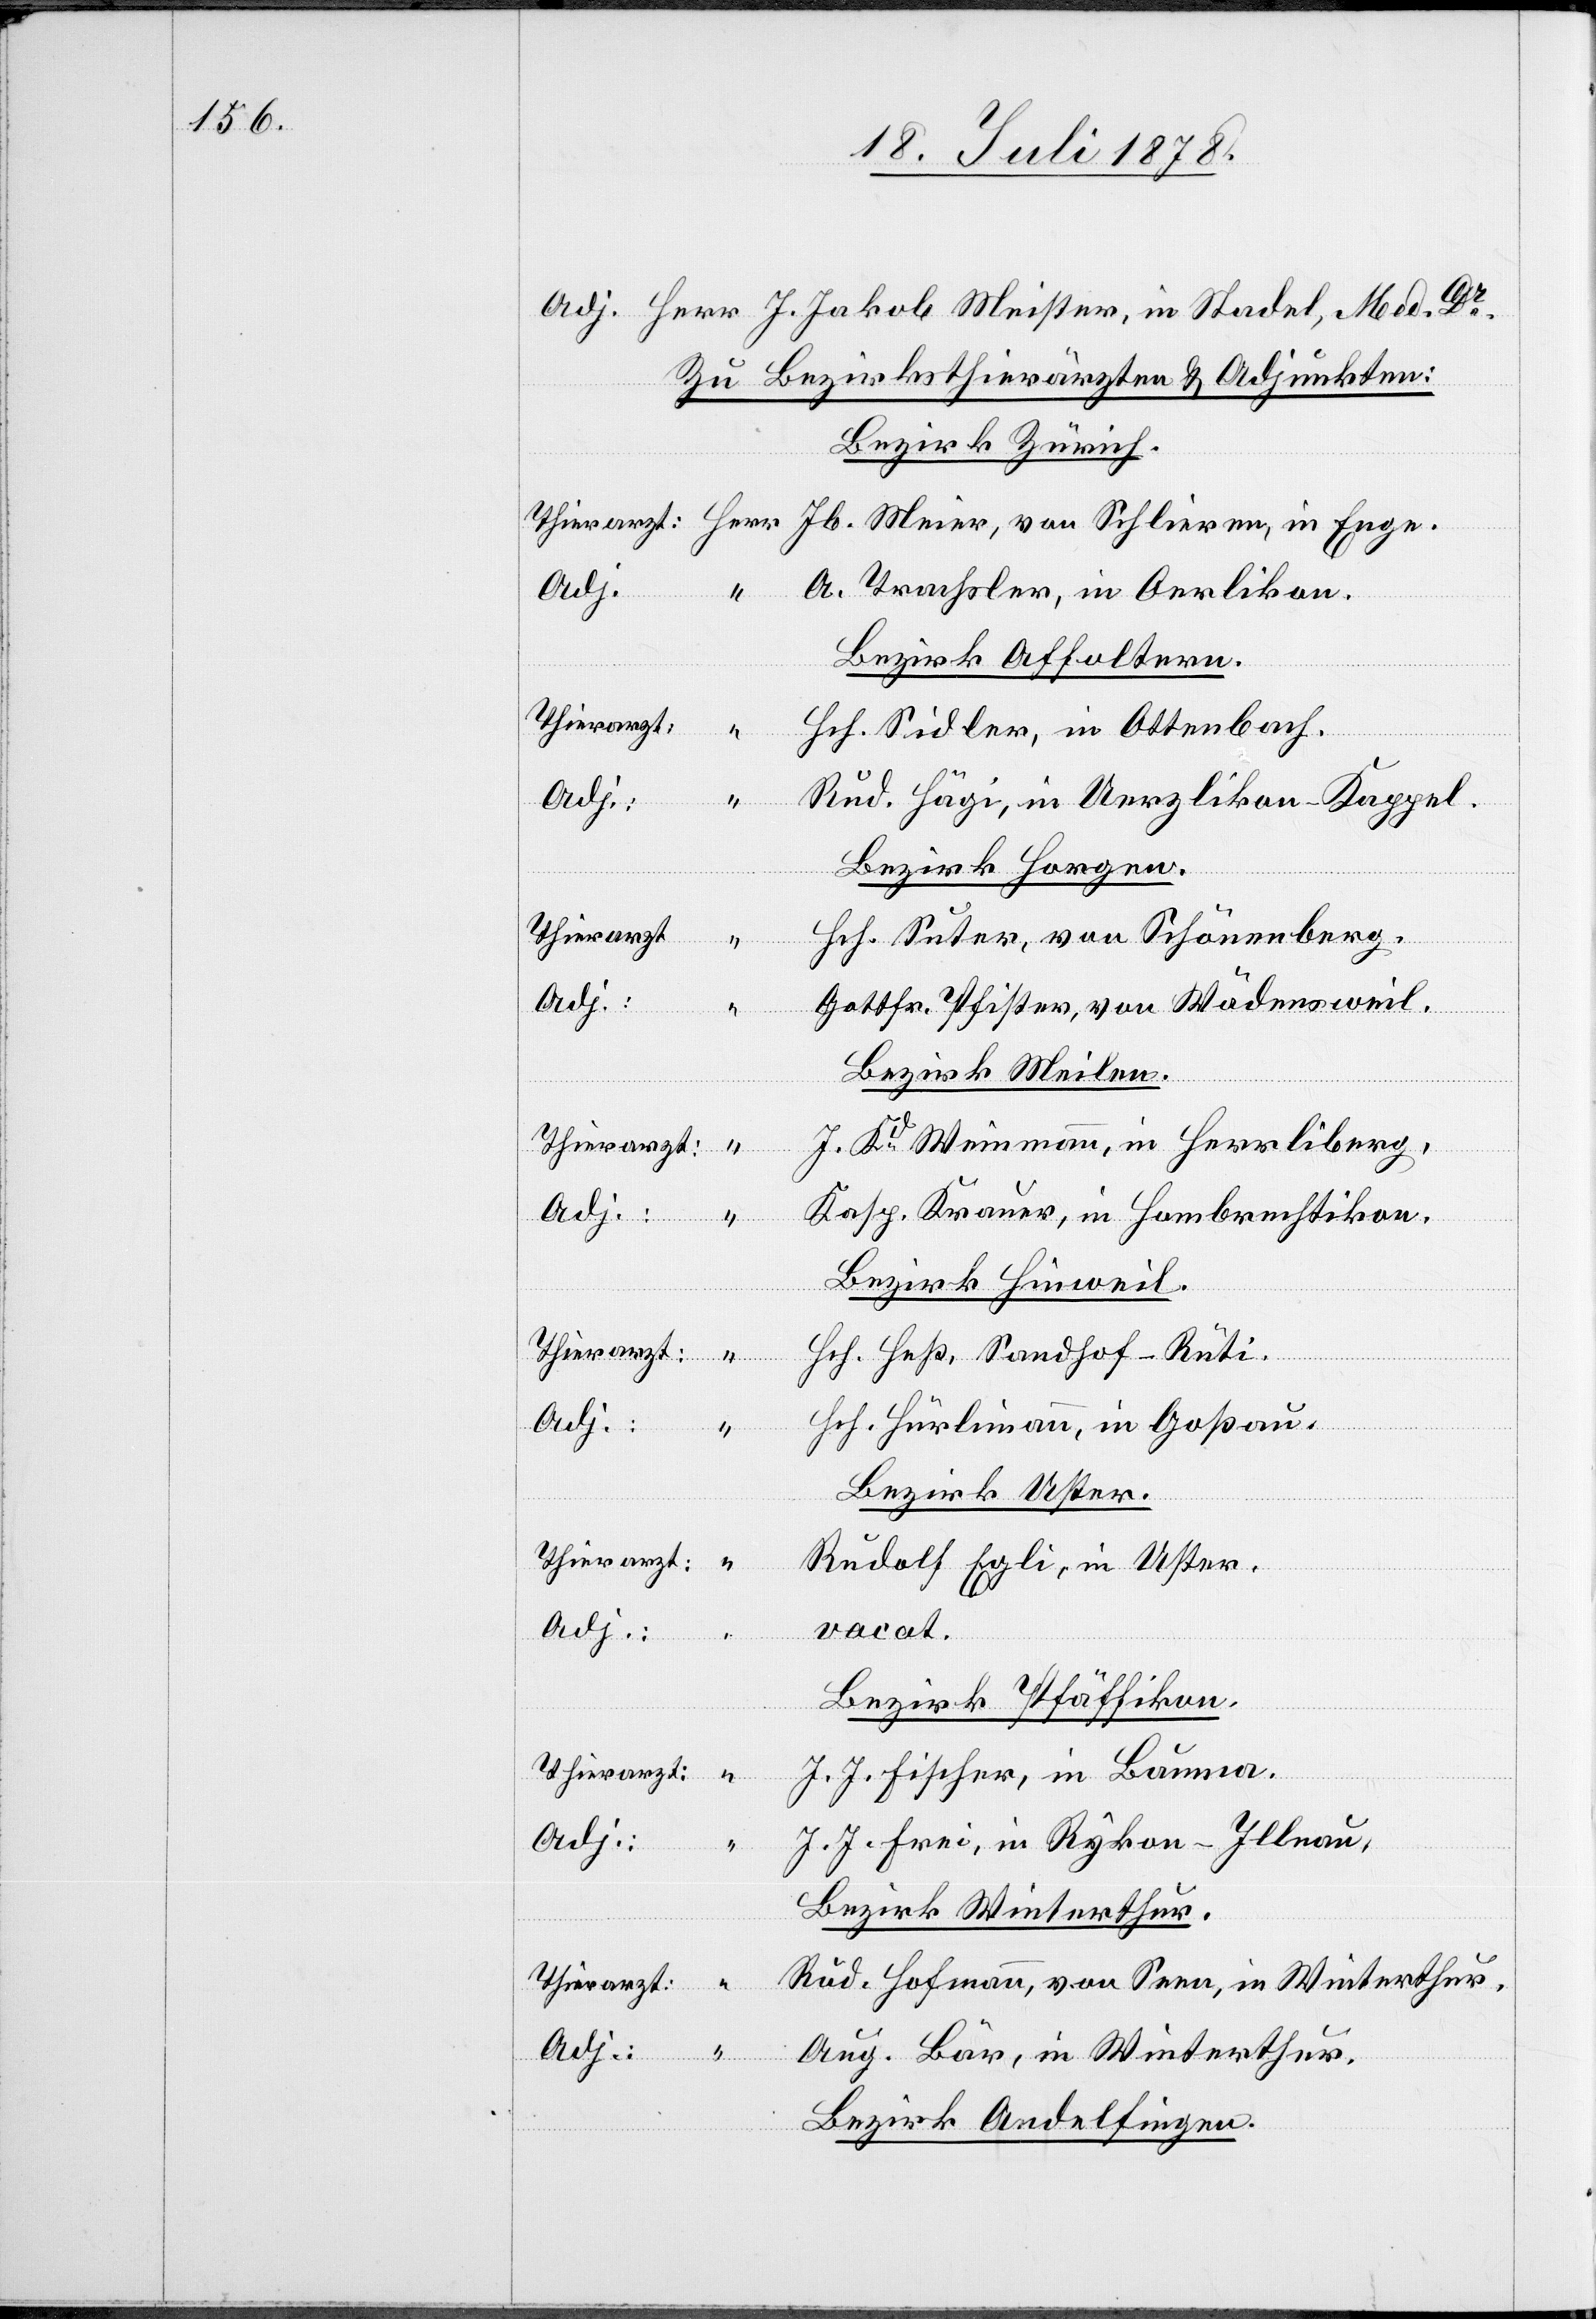
Adj. Herr J. Jakob Meister, in Stadel, Med. Dr.
Zu Bezirksthierärzten & Adjunkten:
Bezirk Zürich.
Thierarzt: Herr Jb. Meier, von Schlieren, in Enge.
A. Trachsler, in Oerlikon.
Bezirk Affoltern.
Thierarzt:
Hch. Sidler, in Ottenbach.
Rud. Hägi, in Uerzlikon - Kappel.
Bezirk Horgen.
Thierarzt
Hch. Suter, von Schönenberg.
Adj.:
Gottfr. Pfister, von Wädensweil.
Bezirk Meilen.
J. Kd Weinmann, in Herrliberg,
Kasp. Krauer, in Hombrechtikon.
Adj. “
Bezirk Hinweil.
Thierarzt: “
Hch. Heß, Sandhof - Rüti.
Hch. Hürlimann, in Goßau.
Bezirk Uster.
Thierarzt:
“
Rudolf Egli, in Uster.
vacat.
Bezirk Pfäffikon.
J. J. Fischer, in Bauma.
J. J. Frei, in Rykon - Illnau,
Bezirk Winterthur.
Rud. Hofmann, von Seen, in Winterthur.
Aug. Bär, in Winterthur.
Bezirk Andelfingen.